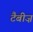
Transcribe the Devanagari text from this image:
टैबीज़